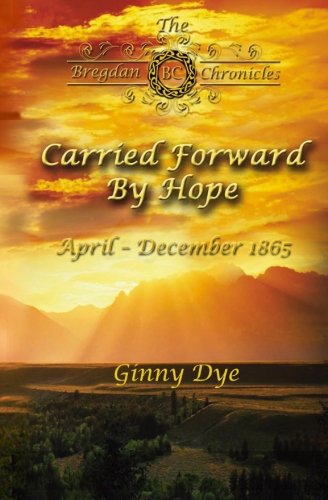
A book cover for Carried Forward By Hope (# 6 in the Bregdan Chronicles Historical Fiction Romance Series) (Volume 6); Ginny Dye; Literature & Fiction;